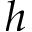
h